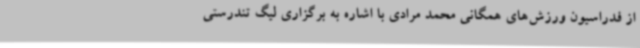
از فدراسیون ورزش‌های همگانی محمد مرادی با اشاره به برگزاری لیگ تندرستی